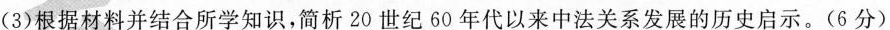
(3)根据材料并结合所学知识，简析20世纪60年代以来中法关系发展的历史启示。(6分)